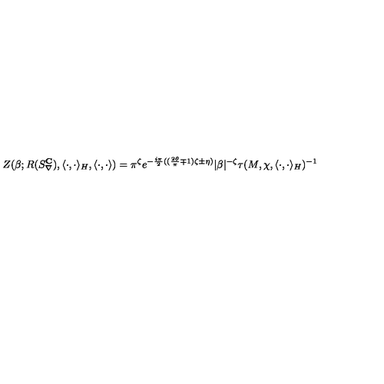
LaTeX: Z ( \beta ; R ( S _ { \nabla } ^ { { \bf C } } ) , \langle \cdot , \cdot \rangle _ { H } , \langle \cdot , \cdot \rangle ) = \pi ^ { \zeta } e ^ { - \frac { i \pi } { 2 } ( ( \frac { 2 \theta } { \pi } \mp 1 ) \zeta \pm \eta ) } | \beta | ^ { - \zeta } \tau ( M , \chi , \langle \cdot , \cdot \rangle _ { H } ) ^ { - 1 }